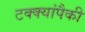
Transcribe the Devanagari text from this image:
टक्क्यांपैकी